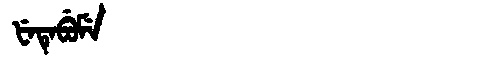
Manchu: ᡶᡝᡨᡝᠪᡠᠮᡝ
Romanization: FETEBUME